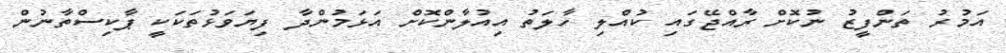
އަމުރު ތަންފީޒު ނުކޮށް ރާއްޖޭގައި ކުއްލި ހާލަތު އިއުލާންކޮށް އަޅަމުންދާ ފިޔަވަޅުތަކަކީ ޕާކިސްތާނުން